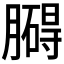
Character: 𦡡